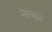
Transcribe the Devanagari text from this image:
मारका